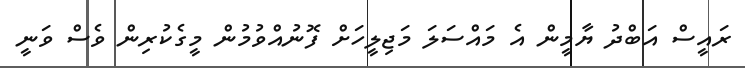
ރައީސް އަބްދު ޔާމީން އެ މައްސަލަ މަޖިލީހަށް ފޮނުއްވުމުން މީގެކުރިން ވެސް ވަނީ